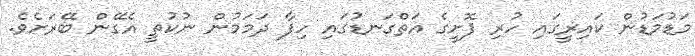
މަޑުމަޑުން ކައިރީގައި ހުރި ފޮށީގެ އަތްގަނޑުގައި ހިފާ ދަމަމުން ނުކުތީ އެގޭން ބޭރަށެވެ.